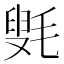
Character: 㲣